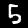
Label: 5